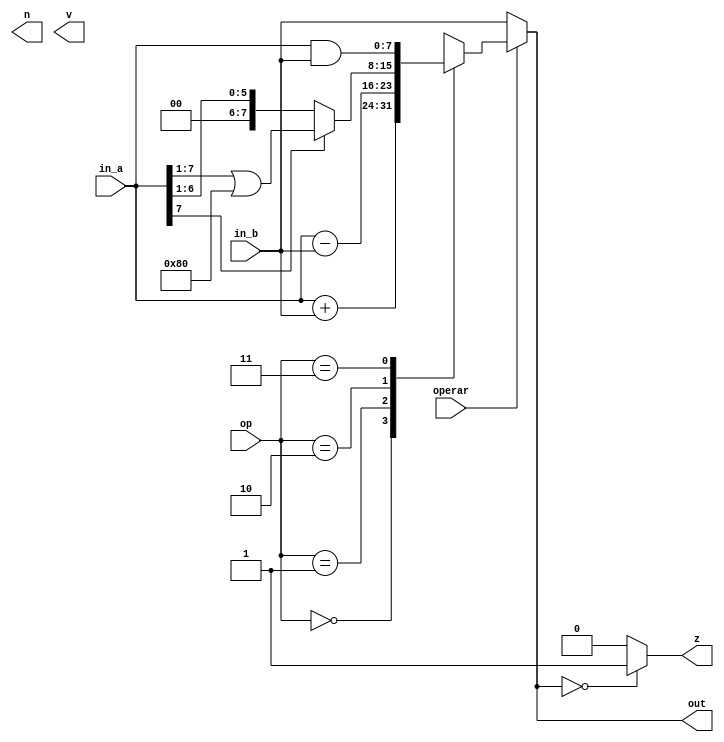
// ALU expecfica

// op:
//      00 -> +
//      01 -> -
//      10 -> <<
//      11 -> &

// OPERAR:
//      0: deja pasar in_b
//      1: opera


module alu #(parameter N = 8, N_OP = 2) (
    input [N-1:0] in_a,
    input [N-1:0] in_b,
    input [N_OP-1:0] op,
    input operar,
    output reg [N-1:0] out,
    output reg z, n, v
);

always @(*) begin
    if(operar) begin
        case(op)
            'b00: out = in_a + in_b;
            'b01: out = in_a - in_b;
            // Extiende el signo
            'b10: out = in_a[N-1] ? (in_a >> 1) | 1 << N-1 : (in_a >> 1);
            'b11: out = in_a & in_b;
            default: out = 8'd0;
        endcase
    end
    else
        out = in_b;

    z = out == 0 ? 1 : 0;
end

endmodule